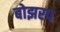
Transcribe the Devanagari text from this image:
बोझरप